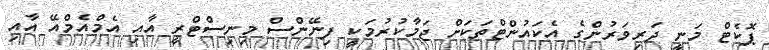
ޕޮކެޓް މަނީ ދަރިވަރުންގެ އެކައުންޓްތަކަށް ޖަމާކުރުމަކީ ފިނޭންސް މިނިސްޓްރީ އާއި އެމްއެމްއޭ އާއި